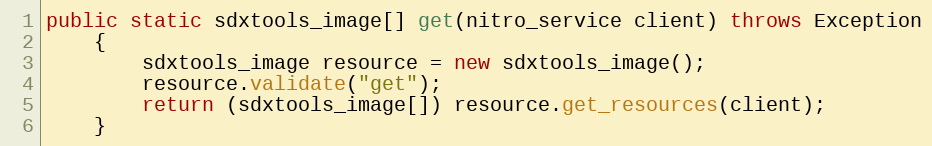
Language: Java
public static sdxtools_image[] get(nitro_service client) throws Exception
	{
		sdxtools_image resource = new sdxtools_image();
		resource.validate("get");
		return (sdxtools_image[]) resource.get_resources(client);
	}